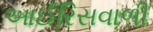
આઈરિસવાળી